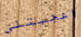
اعجبتني